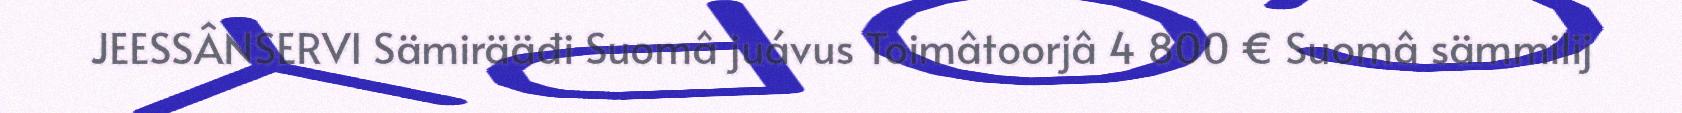
JEESSÂNSERVI Sämirääđi Suomâ juávus Toimâtoorjâ 4 800 € Suomâ sämmilij